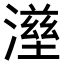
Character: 𤀟